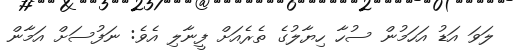
ލަވަ އަޑު އަހަމުން ސުހާ ހިޔާލުގެ ތެރެއަށް ފީނާލި އެވެ: ނަފުސަށް އަމާން